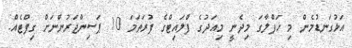
އަޅުގަނޑުމެން މި ހަފްލާގަ މިދެނީ މިއަދުގެ ފްލައިޓްގެ ފުރަތަމަ 10 ޕަސިންޖަރުންނަށް ގިފްޓެއް.